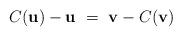
LaTeX: \begin{align*}C(\mathbf{u}) - \mathbf{u}\ =\ \mathbf{v} - C(\mathbf{v})\end{align*}